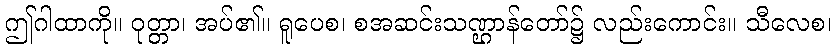
ဤဂါထာကို။ ဝုတ္တာ၊ အပ်၏။ ရူပေစ၊ စအဆင်းသဏ္ဌာန်တော်၌ လည်းကောင်း။ သီလေစ၊